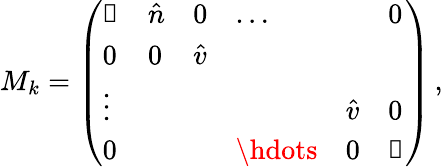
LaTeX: M_{k}=\left(\begin{array}{llllll}{\mathbb{1}}&{\hat{n}}&{0}&{\ldots}&{}&{0}\\ {0}&{0}&{\hat{v}}&{}&{}\\ {\vdots}&{}&{}&{}&{\hat{v}}&{0}\\ {0}&{}&{}&{\hdots}&{0}&{\mathbb{1}}\end{array}\right)\, ,